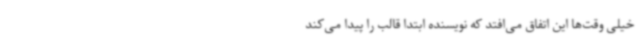
خیلی وقت‌ها این اتفاق می‌افتد که نویسنده ابتدا قالب را پیدا می‌کند